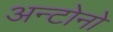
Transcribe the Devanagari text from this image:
अन्टोनो